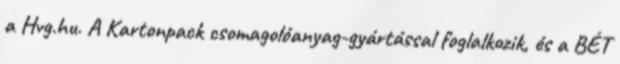
a Hvg.hu. A Kartonpack csomagolóanyag-gyártással foglalkozik, és a BÉT